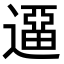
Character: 𨖻